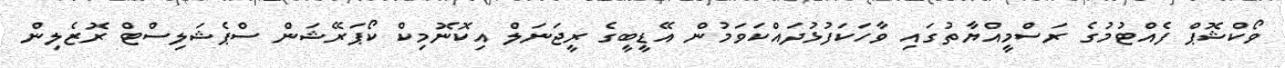
ވޯކްޝޮޕް ފެއްޓުމުގެ ރަސްމީއްޔާތުގައި ވާހަކަފުޅުދައްކަވަމުން އޭޑީބީގެ ރީޖަނަލް އިކޮނޮމިކް ކޯޕަރޭޝަން ސްޕެޝަލިސްޓް ރޮޒެލިން